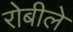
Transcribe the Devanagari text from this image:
रोबीले